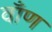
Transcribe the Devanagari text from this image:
वाँण